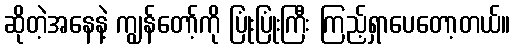
ဆိုတဲ့အနေနဲ့ ကျွန်တော့်ကို ပြုံးပြုံးကြီး ကြည့်ရှာပေတော့တယ်။